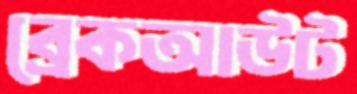
ব্রেকআউট